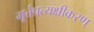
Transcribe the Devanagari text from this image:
मूर्त्तप्रत्यक्षीकरण्